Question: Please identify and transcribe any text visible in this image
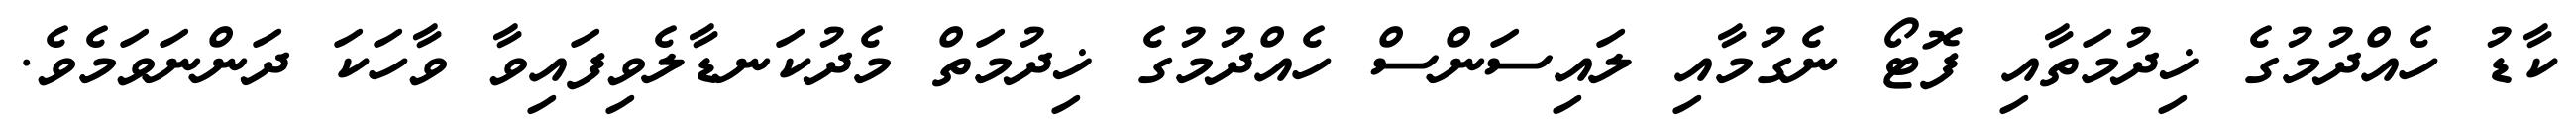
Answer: ކާޑު ހެއްދުމުގެ ޚިދުމަތާއި ފޮޓޯ ނެގުމާއި ލައިސަންސް ހެއްދުމުގެ ޚިދުމަތް މެދުކަނޑާލެވިފައިވާ ވާހަކަ ދަންނަވަމެވެ.